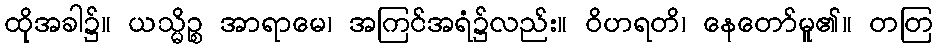
ထိုအခါ၌။ ယသ္မိဉ္စ အာရာမေ၊ အကြင်အရံ၌လည်း။ ဝိဟရတိ၊ နေတော်မူ၏။ တတြ